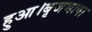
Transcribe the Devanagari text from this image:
हुआ।बृजभाषा